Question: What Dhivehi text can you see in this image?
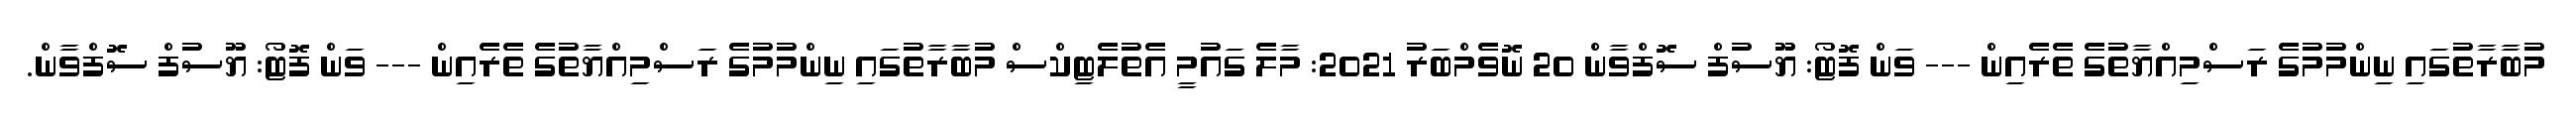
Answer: މުބާރާތުގައި ނިންމުމުގެ ރަސްމިއްޔާތުގެ ތެރެއިން --- ވަން ފޮޓޯ: ޔޫސުފް ސޮފްވާން 20 ނޮވެމްބަރު 2021: މާލެ ގައުމީ އެތުލެޓިކްސް މުބާރާތުގައި ނިންމުމުގެ ރަސްމިއްޔާތުގެ ތެރެއިން --- ވަން ފޮޓޯ: ޔޫސުފް ސޮފްވާން.